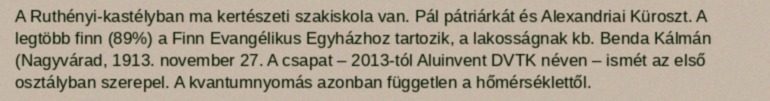
A Ruthényi-kastélyban ma kertészeti szakiskola van. Pál pátriárkát és Alexandriai Küroszt. A legtöbb finn (89%) a Finn Evangélikus Egyházhoz tartozik, a lakosságnak kb. Benda Kálmán (Nagyvárad, 1913. november 27. A csapat – 2013-tól Aluinvent DVTK néven – ismét az első osztályban szerepel. A kvantumnyomás azonban független a hőmérséklettől.